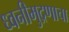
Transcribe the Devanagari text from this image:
ध्वनीमुद्रणाचा